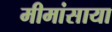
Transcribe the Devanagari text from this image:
मीमांसाया